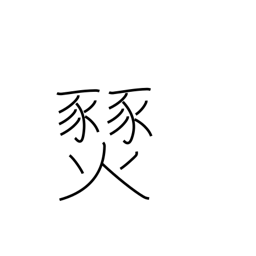
Meaning: prairie fire